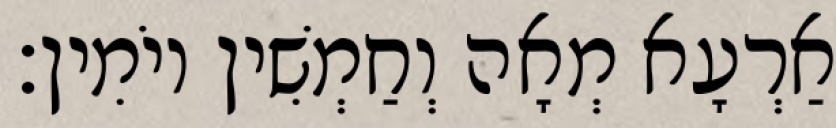
אַרְעָא מְאָה וְחַמְשִׁין יוֹמִין׃